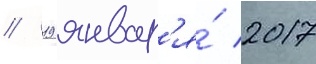
// 19 январ'я́ 2017